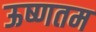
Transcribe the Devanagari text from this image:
ऊष्णतम